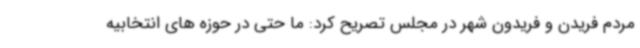
مردم فریدن و فریدون شهر در مجلس تصریح کرد: ما حتی در حوزه های انتخابیه